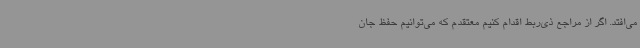
می‌افتد. اگر از مراجع ذی‌ربط اقدام کنیم معتقدم که می‌توانیم حفظ جان